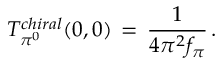
T _ { \pi ^ { 0 } } ^ { c h i r a l } ( 0 , 0 ) \, = \, \frac { 1 } { 4 \pi ^ { 2 } f _ { \pi } } \, .